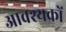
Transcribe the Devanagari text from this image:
आवश्यकों